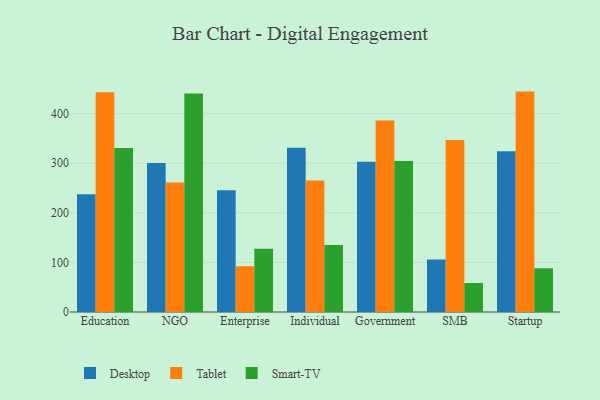
{"axis": {"x": "Segment", "y": "Production Output"}, "legend": ["Desktop", "Smart-TV", "Tablet"], "data": [{"x": "Education", "y": 237.4, "type": "Desktop"}, {"x": "Education", "y": 443.1, "type": "Tablet"}, {"x": "Education", "y": 330.7, "type": "Smart-TV"}, {"x": "NGO", "y": 300.6, "type": "Desktop"}, {"x": "NGO", "y": 261.4, "type": "Tablet"}, {"x": "NGO", "y": 440.8, "type": "Smart-TV"}, {"x": "Enterprise", "y": 245.3, "type": "Desktop"}, {"x": "Enterprise", "y": 92.3, "type": "Tablet"}, {"x": "Enterprise", "y": 127.5, "type": "Smart-TV"}, {"x": "Individual", "y": 331.3, "type": "Desktop"}, {"x": "Individual", "y": 265.2, "type": "Tablet"}, {"x": "Individual", "y": 134.9, "type": "Smart-TV"}, {"x": "Government", "y": 302.8, "type": "Desktop"}, {"x": "Government", "y": 386.2, "type": "Tablet"}, {"x": "Government", "y": 304.5, "type": "Smart-TV"}, {"x": "SMB", "y": 106.1, "type": "Desktop"}, {"x": "SMB", "y": 346.7, "type": "Tablet"}, {"x": "SMB", "y": 58.5, "type": "Smart-TV"}, {"x": "Startup", "y": 324.2, "type": "Desktop"}, {"x": "Startup", "y": 444.5, "type": "Tablet"}, {"x": "Startup", "y": 88.2, "type": "Smart-TV"}]}